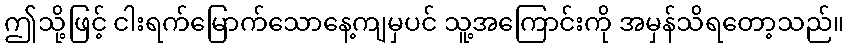
ဤသို့ဖြင့် ငါးရက်မြောက်သောနေ့ကျမှပင် သူ့အကြောင်းကို အမှန်သိရတော့သည်။